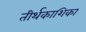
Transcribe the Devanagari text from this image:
तीर्थकाशिका